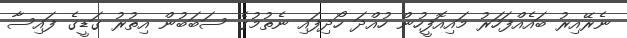
ނެރޭއިރު ބައެއްފަހަރު މައިއޮފީހުން ހުއްދަ ހޯދިފައި ނެތުމުގެ ސަބަބުން އިތުރު ގަޑީގެ ފައިސާ